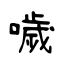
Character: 噦